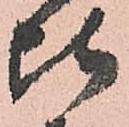
比